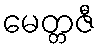
မေတ္တဇီ